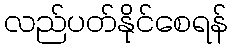
လည်ပတ်နိုင်စေရန်